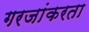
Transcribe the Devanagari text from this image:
गरजांकरता